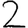
Digit: 2